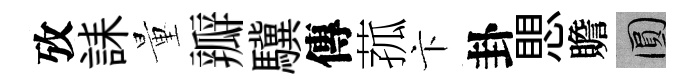
攷誄量瓣驥傳菰卞卦愳贍圓